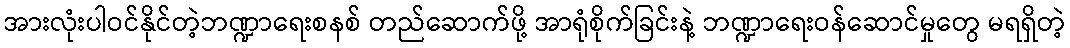
အားလုံးပါဝင်နိုင်တဲ့ဘဏ္ဍာရေးစနစ် တည်ဆောက်ဖို့ အာရုံစိုက်ခြင်းနဲ့ ဘဏ္ဍာရေးဝန်ဆောင်မှုတွေ မရရှိတဲ့